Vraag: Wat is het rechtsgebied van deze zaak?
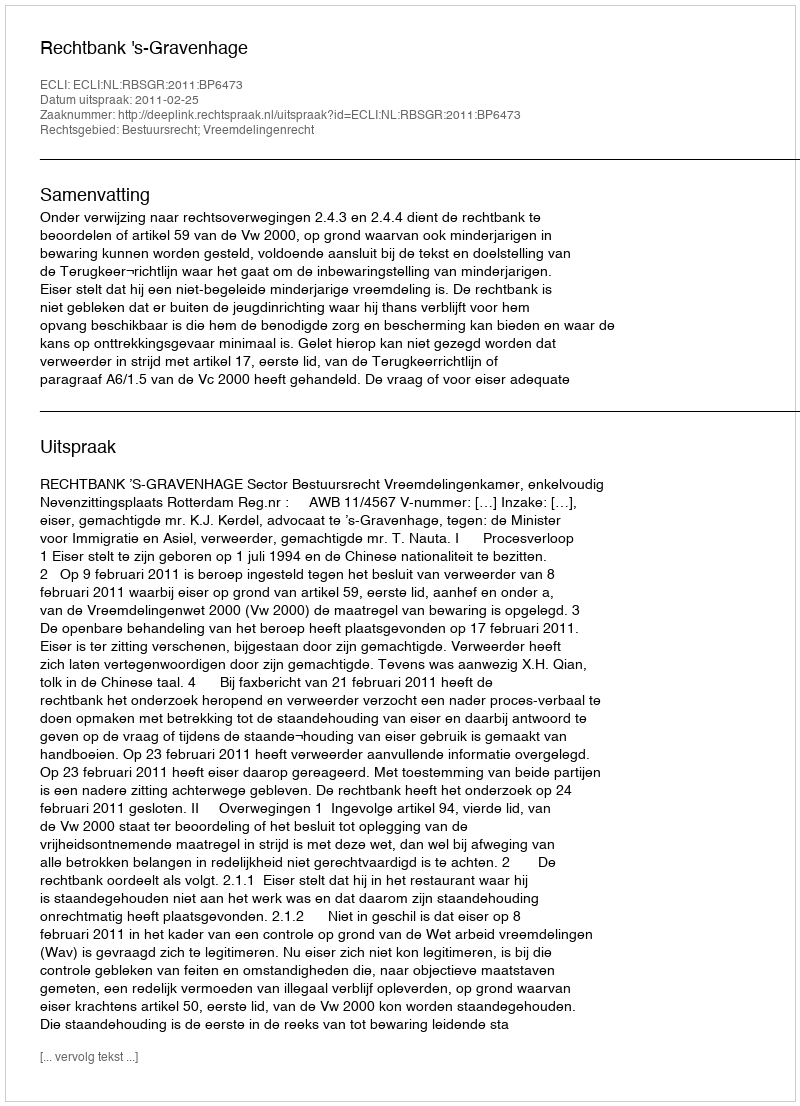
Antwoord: Bestuursrecht; Vreemdelingenrecht